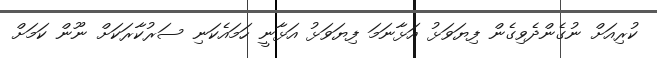
ކުރިއަށް ނުގެންދެވިގެން ފިޔަވަޅު އަޅާނަމަ ފިޔަވަޅު އަޅާނީ ހަމައެކަނި ސަރުކާރަކަށް ނޫން ކަމަށް